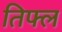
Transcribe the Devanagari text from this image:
तिफ्ल